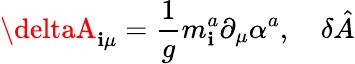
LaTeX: \deltaA_{\mathbf{i}\mu}=\frac{1}{g}m_{\mathbf{i}}^{a}\partial_{\mu}\alpha^{a},\quad\delta\hat{{A}}